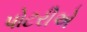
પોટરીએ